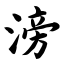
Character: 滂